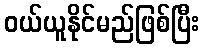
ဝယ်ယူနိုင်မည်ဖြစ်ပြီး